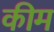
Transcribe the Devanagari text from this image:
कीम